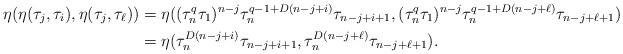
LaTeX: \begin{align*}\eta(\eta(\tau_j, \tau_i),\eta(\tau_j,\tau_\ell))&= \eta((\tau_n^q\tau_1)^{n-j}\tau_n^{q-1+D(n-j+i)} \tau_{{n-j+i+1}},(\tau_n^q\tau_1)^{n-j}\tau_n^{q-1+D(n-j+\ell)} \tau_{{n-j+\ell+1}})\\ &=\eta(\tau_n^{D(n-j+i)} \tau_{{n-j+i+1}},\tau_n^{D(n-j+\ell)} \tau_{{n-j+\ell+1}}). \end{align*}